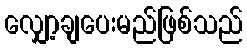
လျှော့ချပေးမည်ဖြစ်သည်